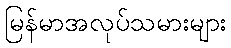
မြန်မာအလုပ်သမားများ